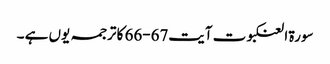
سورۃ العنکبوت آیت67-66 کا ترجمہ یوں ہے ۔